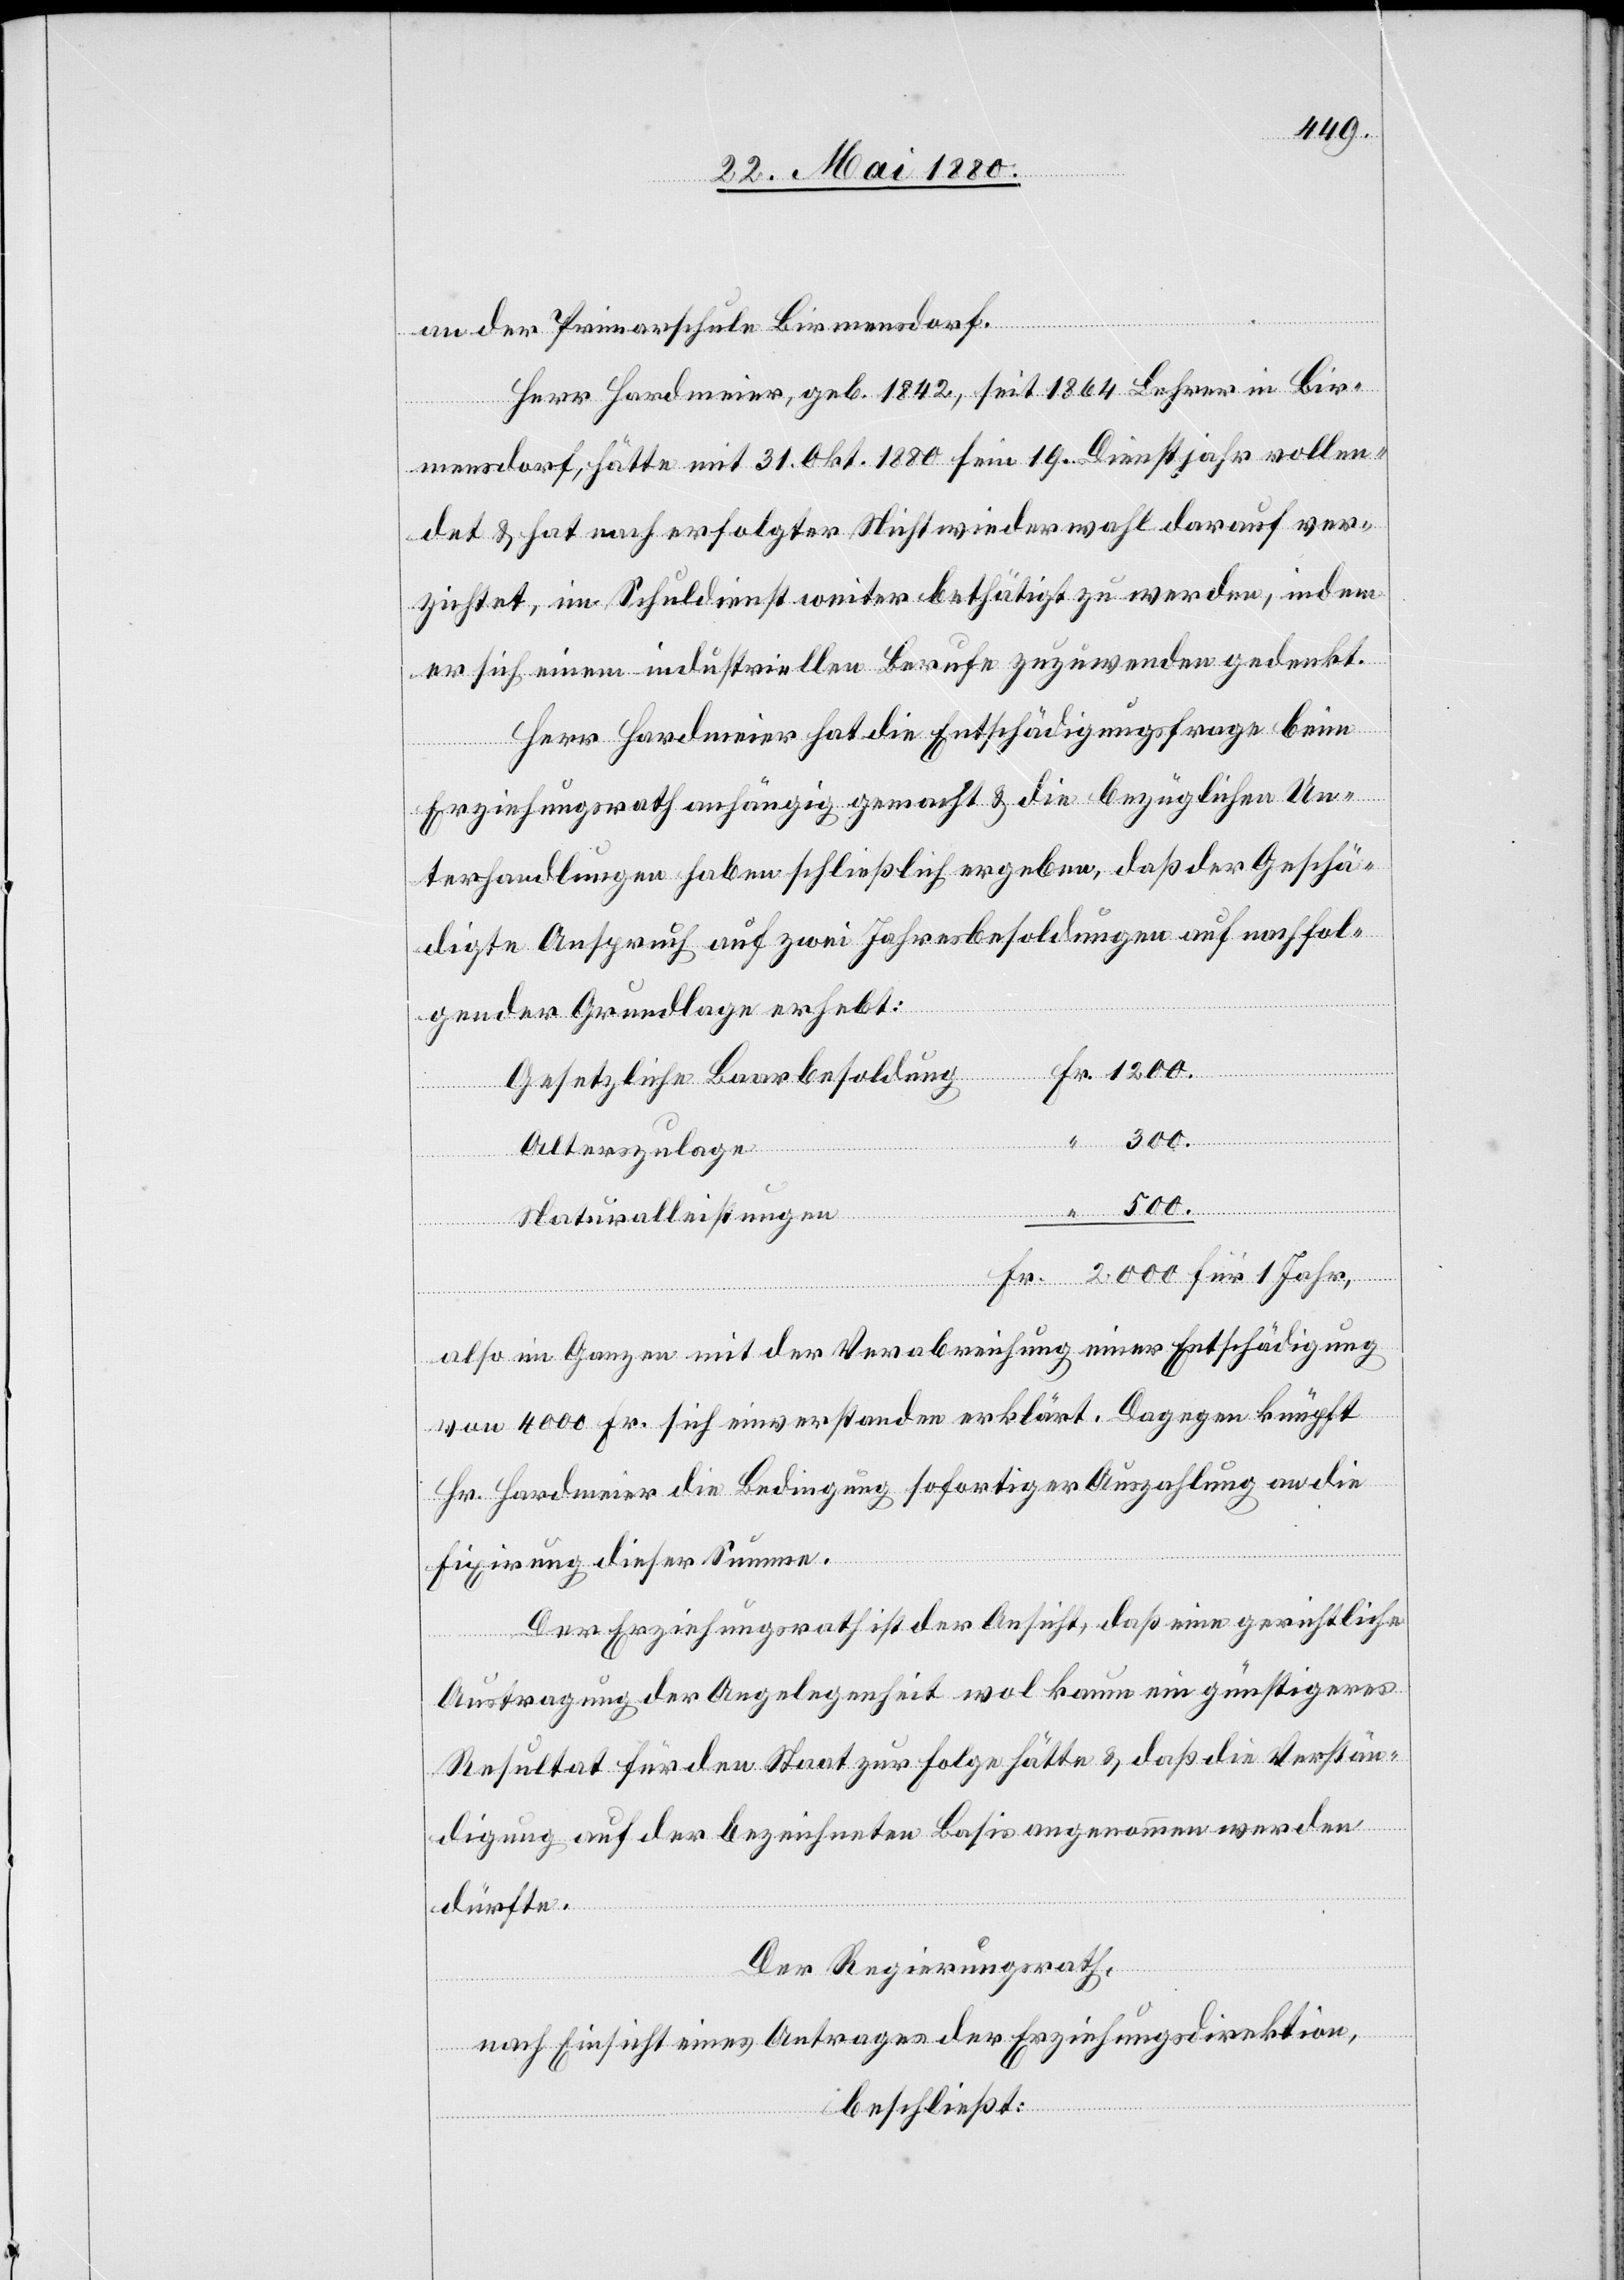
an der Primarschule Birmensdorf.
Herr Hardmeier, geb. 1842, seit 1864 Lehrer in Bir¬
mensdorf, hätte mit 31. Okt. 1880 sein 19. Dienstjahr vollen¬
det & hat nach erfolgter Nichtwiederwahl darauf ver¬
zichtet, im Schuldienst weiter bethätigt zu werden, indem
er sich einem industriellen Berufe zuzuwenden gedenkt.
Herr Hardmeier hat die Entschädigungsfrage beim
Fr.
Erziehungsrath anhängig gemacht & die bezüglichen Un¬
terhandlungen haben schließlich ergeben, daß der Geschä¬
digte Anspruch auf zwei Jahresbesoldungen auf nachfol¬
gender Grundlage erhebt:
1
300.
Alterszulage
2000.
Naturalleistungen
also im Ganzen mit der Verabreichung einer Entschädigung
von 4000 Fr. sich einverstanden erklärt. Dagegen knüpft
Hr. Hardmeier die Bedingung sofortiger Auszahlung an die
Fixirung dieser Summe.
Der Erziehungsrath ist der Ansicht, daß eine gerichtliche
Austragung der Angelegenheit wol kaum ein günstigeres
Resultat für den Staat zur Folge hätte & daß die Verstän¬
Jahr,
digung auf der bezeichneten Basis angenommen werden
dürfte.
Der Regierungsrath,
nach Einsicht eines Antrages der Erziehungsdirektion,
beschließt: